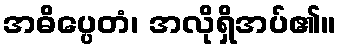
အဓိပ္ပေတံ၊ အလိုရှိအပ်၏။